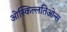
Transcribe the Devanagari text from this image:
ओस्किल्लतिओन्स